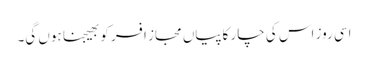
اسی روز اس کی چار کاپیاں مجازِ افسر کو بھیجنا ہوں گی۔